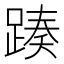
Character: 𨂡